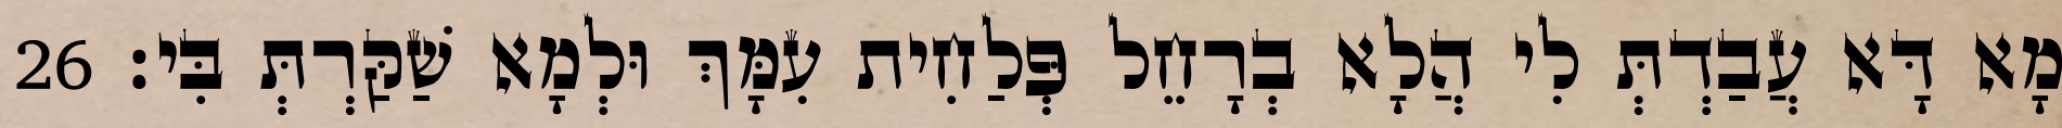
מָא דָּא עֲבַדְתְּ לִי הֲלָא בְרָחֵל פְּלַחִית עִמָּךְ וּלְמָא שַׁקַּרְתְּ בִּי׃ 26